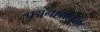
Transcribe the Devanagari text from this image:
पद्मनाभनगर